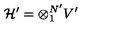
{ \cal H ^ { \prime } } = \otimes _ { 1 } ^ { N ^ { \prime } } V ^ { \prime }